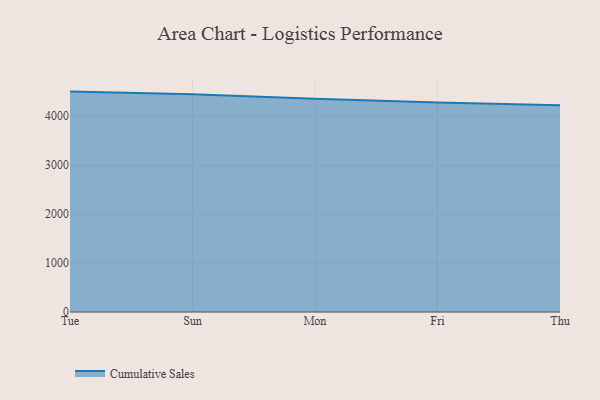
{"axis": {"x": "Day", "y": "Headcount"}, "legend": ["Cumulative Sales"], "data": [{"x": "Tue", "y": 4499.1, "type": "Cumulative Sales"}, {"x": "Sun", "y": 4447.5, "type": "Cumulative Sales"}, {"x": "Mon", "y": 4354.4, "type": "Cumulative Sales"}, {"x": "Fri", "y": 4278.9, "type": "Cumulative Sales"}, {"x": "Thu", "y": 4222.6, "type": "Cumulative Sales"}]}